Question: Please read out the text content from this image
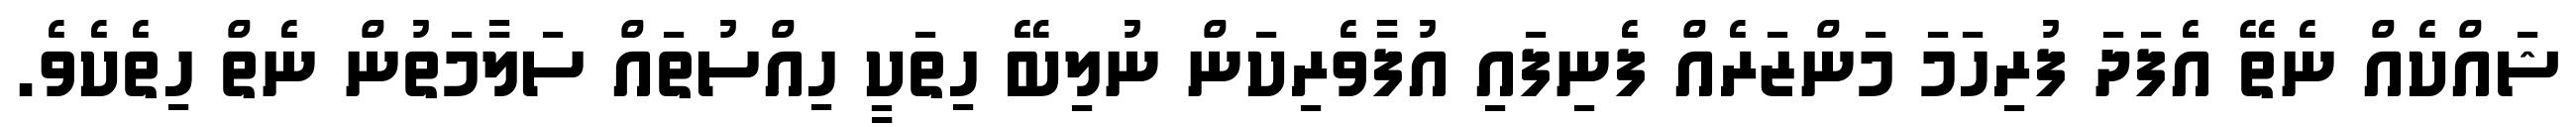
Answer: ޝައްކެއް ނެތޭ އެފަދަ ފުރިހަމަ މަންޒަރެއް ފެނިފައި އުފާވެރިކަން ނުލިބޭ ހިތަކީ ހިއްސުތައް ސަލާމަތުން ނެތް ހިތެކެވެ.